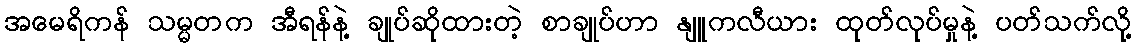
အမေရိကန် သမ္မတက အီရန်နဲ့ ချုပ်ဆိုထားတဲ့ စာချုပ်ဟာ နျူကလီယား ထုတ်လုပ်မှုနဲ့ ပတ်သက်လို့